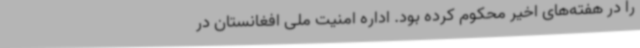
را در هفته‌های اخیر محکوم کرده بود. اداره امنیت ملی افغانستان در